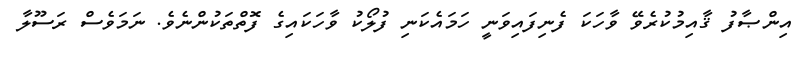
އިންޞާފު ޤާއިމުކުރެވޭ ވާހަކަ ފެނިފައިވަނީ ހަމައެކަނި ފުލޯކު ވާހަކައިގެ ފޮތްތަކުންނެވެ. ނަމަވެސް ރަސޫލާ